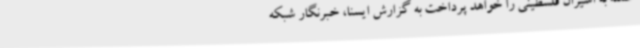
حمله به اسیران فلسطینی را خواهد پرداخت به گزارش ایسنا، خبرنگار شبکه